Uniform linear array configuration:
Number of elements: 32
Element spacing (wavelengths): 0.75
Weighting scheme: hann
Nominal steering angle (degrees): -60
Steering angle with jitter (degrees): -60.292
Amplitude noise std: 0.05
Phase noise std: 0.05

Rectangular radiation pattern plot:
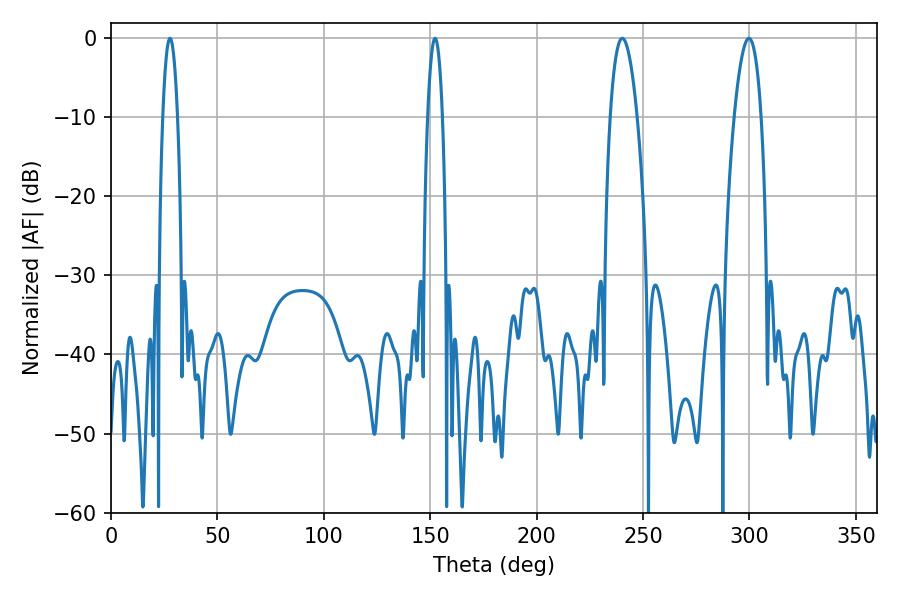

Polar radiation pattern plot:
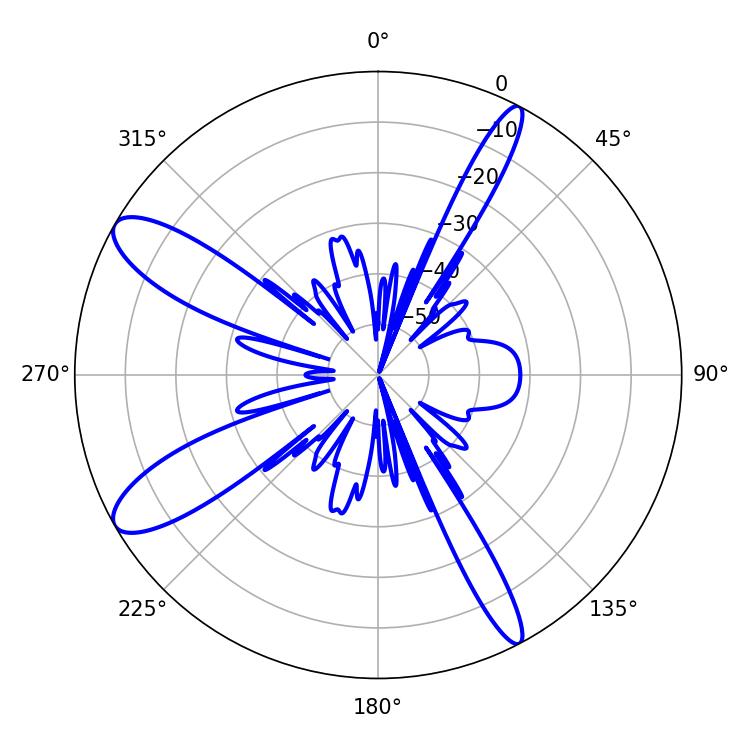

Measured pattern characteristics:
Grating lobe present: TRUE
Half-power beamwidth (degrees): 3.96
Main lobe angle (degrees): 27.72